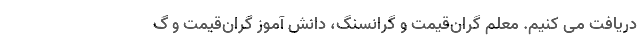
دریافت می کنیم. معلم گران‌قیمت و گرانسنگ، دانش آموز گران‌قیمت و گ